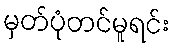
မှတ်ပုံတင်မူရင်း